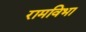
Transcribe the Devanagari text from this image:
रामविभा